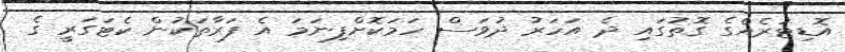
އޮޑިޓަރެއްގެ ގޮތުގައި ދެ އަހަރު ދުވަސް ހަމަކޮށްފިނަމަ އެ ފަރާތަކުން ކެޓަގަރީ ގެ